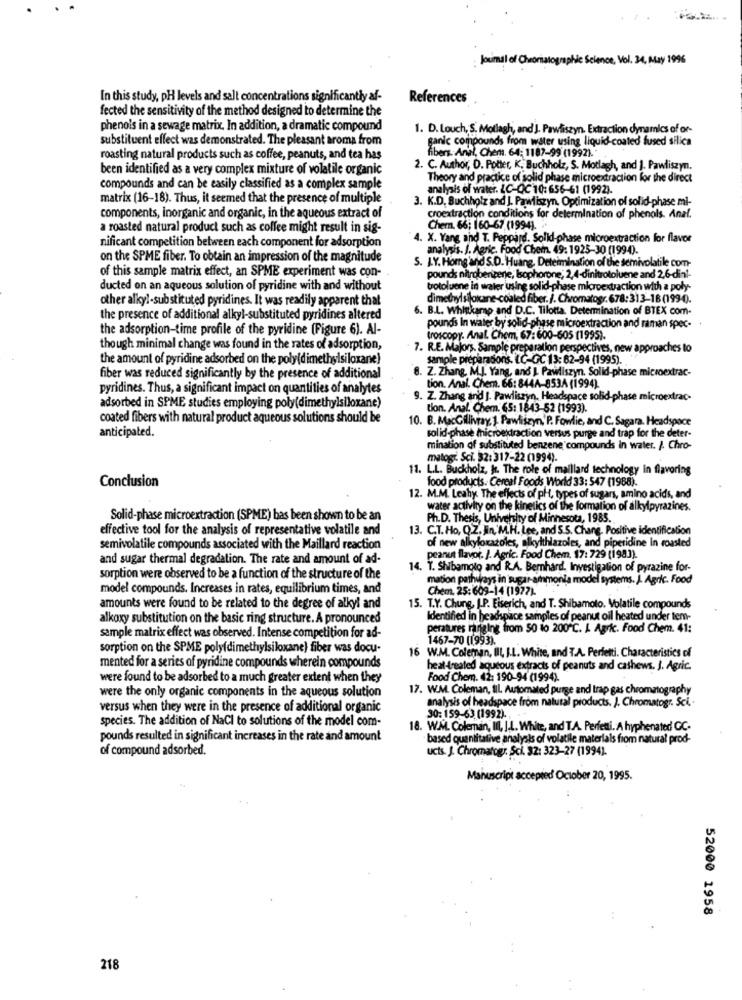
Journal of Chromatographie Science, Vol. 34, May 1996
In this study, PH levels and salt concentrations significantly af-
References
fected the sensitivity of the method designed to determine the
phenols in a sewage matrix. In addition, a dramatic compound
1. D. Louch, S. Motlagh, and J. Pawliszyn. Extraction dynamics of or-
substituent effect was demonstrated. The pleasant aroma from
ganic compounds from water using liquid-coated fused silica
fibers Anal, Chem. 64: 1187-99 (19921.
roasting natural products such as coffee, peanuts, and tea has
been identified as a very complex mixture of volatile organic
2. C. Author, D. Potter, K. Buchholz, S. Motlagh, and ]. Pawliszyn.
Theory and practice of solid phase microextraction for the direct
compounds and can be easily classified as a complex sample
analysis of water. LC-QC 10: 656-61 (1992).
matrix (16-18). Thus, it seemed that the presence of multiple
3. K.D. Buchholz and J. Pawliszyn, Optimization of solid-phase mi-
components, inorganic and organic, in the aqueous extract of
croextraction conditions for determination of phenols. Anal.
a roasted natural product such as coffee might result in sig-
Chem. 66; 160-67 (1994).
4. X. Yang and T. Peppard. Solid-phase microextraction for flavor
nificant competition between each component for adsorption
analysis. J. Agric. Food Chem. 49: 1925-30 (1994).
on the SPME fiber. To obtain an impression of the magnitude
S. LY. Homg'and S.D. Huang, Determination of the semivolatile com-
of this sample matrix effect, an SPME experiment was con-
pounds nitrobenzene, Isophorone; 2,4-dinitrotoluene and 2,6-dini-
ducted on an aqueous solution of pyridine with and without
trotoluene in water using solid-phase microextraction with a poly-
other alkyl-substituted pyridines. It was readily apparent that
dimethyl siloxane-coaled fiber. j. Chromatogr. 678:313-18 (199-4).
6. B.L. Whittkamp and D.C. Tilotta. Determination of BTEX com-
the presence of additional alkyl-substituted pyridines altered
the adsorption-time profile of the pyridine (Figure 6). Al-
pounds In water by solid-phase microextraction and raman spec-
(roscopy. Anal Chem, 67: 600-605 (1995).
though minimal change was found in the rates of adsorption,
7. R.E. Majors, Sample preparation perspectives, new approaches to
the amount of pyridine adsorbed on the poly(dimethylsiloxane)
sample preparations. L.C-GC 13: 62-94 (1995).
8. Z. Zhang, M.J. Yang, and I Pawliszyn. Solid-phase microextrac-
fiber was reduced significantly by the presence of additional
pyridines. Thus, a significant impact on quantities of analytes
tion. Anal. Chem. 66: 844A-853A (1994).
9. Z. Zhang and J. Pawliszyn, Headspace solid-phase microextrac-
adsorbed in SPME studies employing poly(dimethylsiloxane)
tion. Anal. Chem. 65: 1843-52 (1993).
coated fibers with natural product aqueous solutions should be
10. B. MacGillivray, 1. Pawliszyn, P. Fowlie, and C. Sagara, Headspace
anticipated.
solid-phase microextraction versus purge and trap for the deter-
mination of substituted benzene compounds in water. J. Chro-
matogr. Sci. 32: 317-22 (1994).
11. L.L. Buckholz, W. The role of maillard technology in flavoring
Conclusion
food products. Cereal Foods World 33: 547 (1988).
12. M.M. Leahy. The effects of pH, types of sugars, amino acids, and
water activity on the kinetics of the formation of alkylpyrazines.
Solid-phase microextraction (SPME) bas been shown to be an
Ph.D. Thesis, University of Minnesota, 1985.
effective tool for the analysis of representative volatile and
13. C.T. Ho, Q.Z. Jin,'M.H. Lee, and S.S. Chang, Positive identification
semivolatile compounds associated with the Maillard reaction
of new alkylorazoles, alkylthiazoles, and piperidine In roasted
and sugar thermal degradation. The rate and amount of ad-
peanut flavor. J. Agric. Food Chem. 17: 729 (1983).
14. Y. Shibamoto and RA. Bernhard. Investigation of pyrazine for-
sorption were observed to be a function of the structure of the
mation pathirays in sugar-ammonia model systems. J. Agric. Food
model compounds. Increases in rates, equilibrium times, and
Chem. 25:609-14 (1977).
amounts were found to be related to the degree of alkyl and
15. T.Y. Chung, I.P. Eiserich, and T. Shibamoto. Volatile compounds
alkoxy substitution on the basic ring structure. A pronounced
Identified in headspace samples of peanut oil heated under tem-
peratures ranging from 50 to 200℃. L. Agric. Food Chem. 41:
sample matrix effect was observed. Intense competition for ad-
1467-70 (1993).
sorption on the SPME poly(dimethylsiloxane) fiber was docu-
16 W.M. Coleman, IL, I.L. White, and T.A. Perfetti. Characteristics of
mented for a series of pyridine compounds wherein compounds
heat-treated aqueous extracts of peanuts and cashews. J. Agric.
were found to be adsorbed to a much greater extent when they
Food Chem. 42: 190-94 (1994).
were the only organic components in the aqueous solution
17. W.M. Coleman, fIL Automated purge and trap gas chromatography
analysis of headspace from natural products. J. Chromatogr. Sci ..
versus when they were in the presence of additional organic
species. The addition of NaCl to solutions of the model com-
30: 159-63 (1992)- .
18. W.M. Coleman, III, J.L. White, and T.A. Perfetti, A hyphenated! GC-
pounds resulted in significant increases in the rate and amount
based quantitative analysis of volatile materials from natural prod-
of compound adsorbed.
ucts. J. Chromatogr. Sci. 32: 323-27 (1994).
Manuscript accepted October 20, 1995.
52000 1958
218